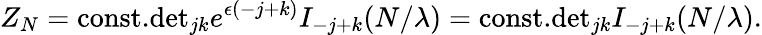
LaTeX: Z_{N}=\mathrm{const.}\mathrm{det}_{jk}e^{\epsilon(-j+k)}I_{-j+k}(N/\lambda)=\mathrm{const.}\mathrm{det}_{jk}I_{-j+k}(N/\lambda).